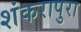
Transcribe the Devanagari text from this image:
शंकरापुरा